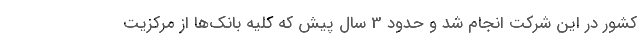
كشور در این شركت انجام شد و حدود 3 سال پیش كه كلیه بانك‌ها از مركزیت